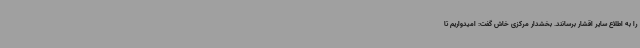
را به اطلاع سایر اقشار برسانند. بخشدار مرکزی خاش گفت: امیدواریم تا